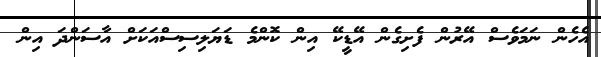
އެހެން ނަމަވެސް އޭރުން ފެށިގެން އޭޑީކޭ އިން ކޮންމެ ޑަޔަލިސިސްއަކަށް އާސަންދަ އިން